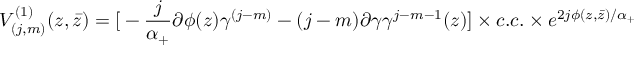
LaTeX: V _ { ( j , m ) } ^ { ( 1 ) } ( z , \bar { z } ) = { \large [ } - \frac { j } { \alpha _ { + } } \partial \phi ( z ) \gamma ^ { ( j - m ) } - ( j - m ) \partial \gamma \gamma ^ { j - m - 1 } ( z ) { \large ] } \times c . c . \times e ^ { 2 j \phi ( z , \bar { z } ) / \alpha _ { + } }